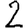
Digit: 2